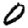
Digit: 0